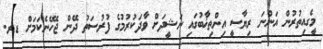
މީގެއިތުރުން އަންނަ ރިޔާސީ އިންތިޚާބުގައި ނަޝީދަށް ވާދަކުރުމުގެ ފުރުސަތު ދޭން ޖެހޭނެކަމަށް ޑރ.